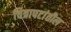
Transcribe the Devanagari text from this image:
चित्रापटांतील